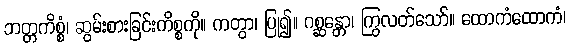
ဘတ္တကိစ္စံ၊ ဆွမ်းစားခြင်းကိစ္စကို။ ကတွာ၊ ပြု၍။ ဂစ္ဆန္တော၊ ကြွလတ်သော်။ ထောကံထောကံ၊